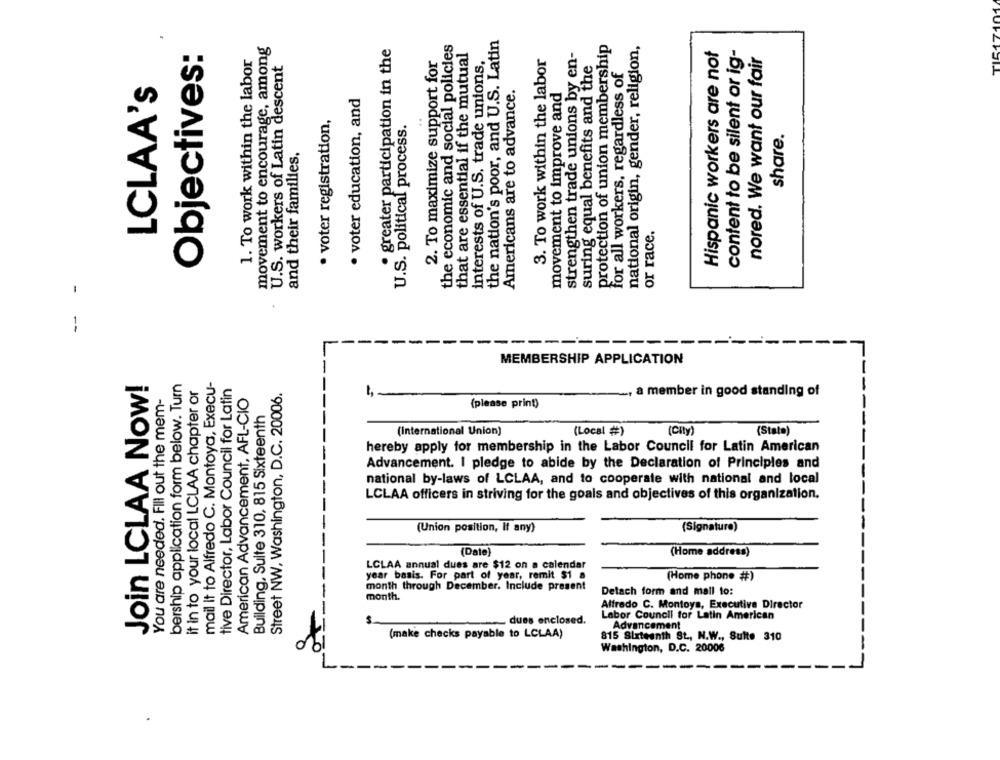
movement to encourage, among
the economic and social policies
the nation's poor, and U.S. Latin
protection of union membership
national origin, gender, religion,
Objectives:
· greater participation in the
strengthen trade unions by en-
Hispanic workers are not
content to be silent or ig-
1. To work within the labor
2. To maximize support for
that are essential if the mutual
interests of U.S. trade unions,
3. To work within the labor
suring equal benefits and the
nored. We want our fair
U.S. workers of Latin descent
for all workers, regardless of
LCLAA's
Americans are to advance.
movement to improve and
· voter education, and
· voter registration,
U.S. political process.
share.
and their families.
or race.
MEMBERSHIP APPLICATION
Join LCLAA Now!
bership application form below. Turn
mail it to Alfredo C. Montoya, Execu-
it in to your local LCLAA chapter or
tive Director, Labor Council for Latin
Street NW, Washington, D.C. 20006.
You are needed. Fill out the mem-
American Advancement, AFL-CIO
1,
a member in good standing of
(please print)
Building, Sulte 310, 815 Sixteenth
(International Union)
(Local #)
(City)
(Stato)
hereby apply for membership in the Labor Council for Latin American
Advancement. I pledge to abide by the Declaration of Principles and
national by-laws of LCLAA, and to cooperate with national and local
LCLAA officers in striving for the goals and objectives of this organization.
(Union position, If any)
(Signature)
(Date)
(Home address)
LCLAA annual dues are $12 on a calendar
year basis. For part of year, remit $1 a
(Home phone #)
month through December. Include present
Detach form and mail to:
month.
Alfredo C. Montoya, Executive Director
Labor Council for Latin American
dues enclosed.
Advancement
(make checks payable to LCLAA)
815 Sixteenth St ., N.W ., Suite 310
Washington, D.C. 20006